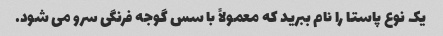
یک نوع پاستا را نام ببرید که معمولاً با سس گوجه فرنگی سرو می شود.